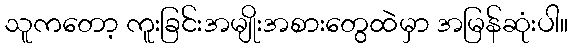
သူကတော့ ကူးခြင်းအမျိုးအစားတွေထဲမှာ အမြန်ဆုံးပါ။